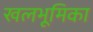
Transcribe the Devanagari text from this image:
खलभूमिका